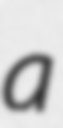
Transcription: a